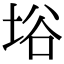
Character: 﨏